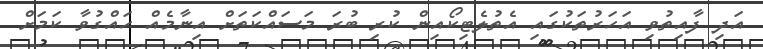
އަދި ފާއިތުވި އަހަރުތަކުގައި އެތުލެޓިކޯއިން ކުރި ބުރަ މަސައްކަތަށް އިނާމެއް ހައްގުވާ ކަމަށް